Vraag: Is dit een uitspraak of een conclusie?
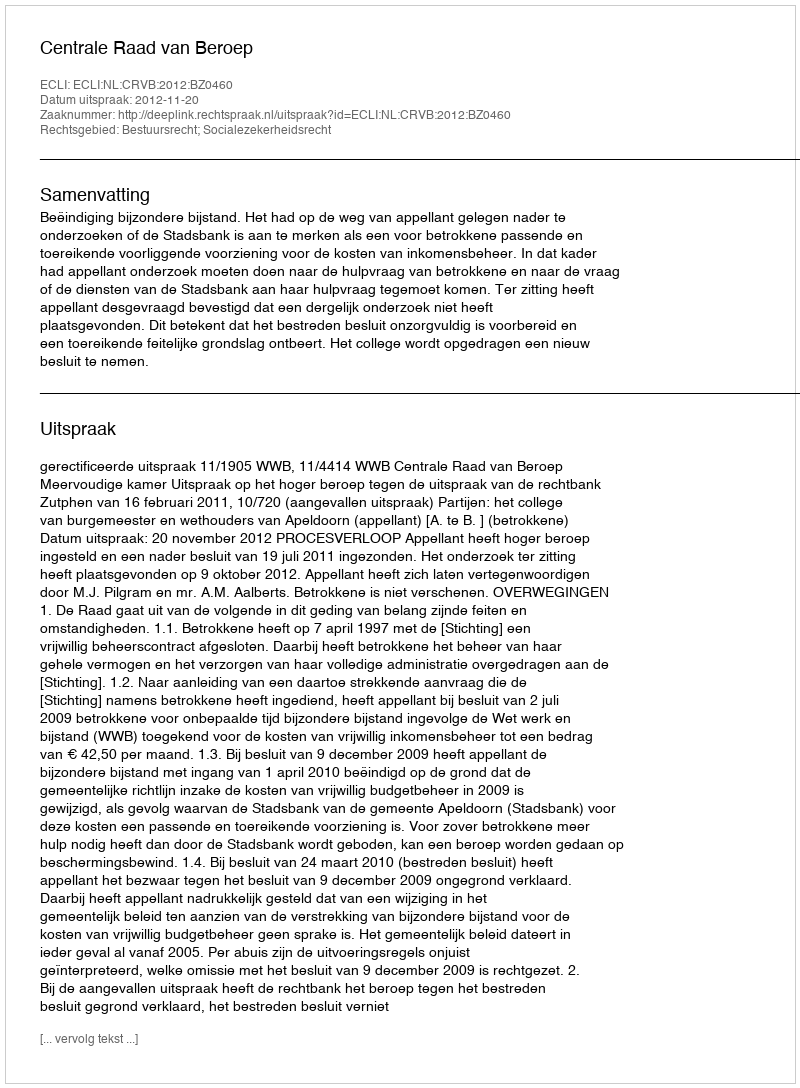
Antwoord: Uitspraak